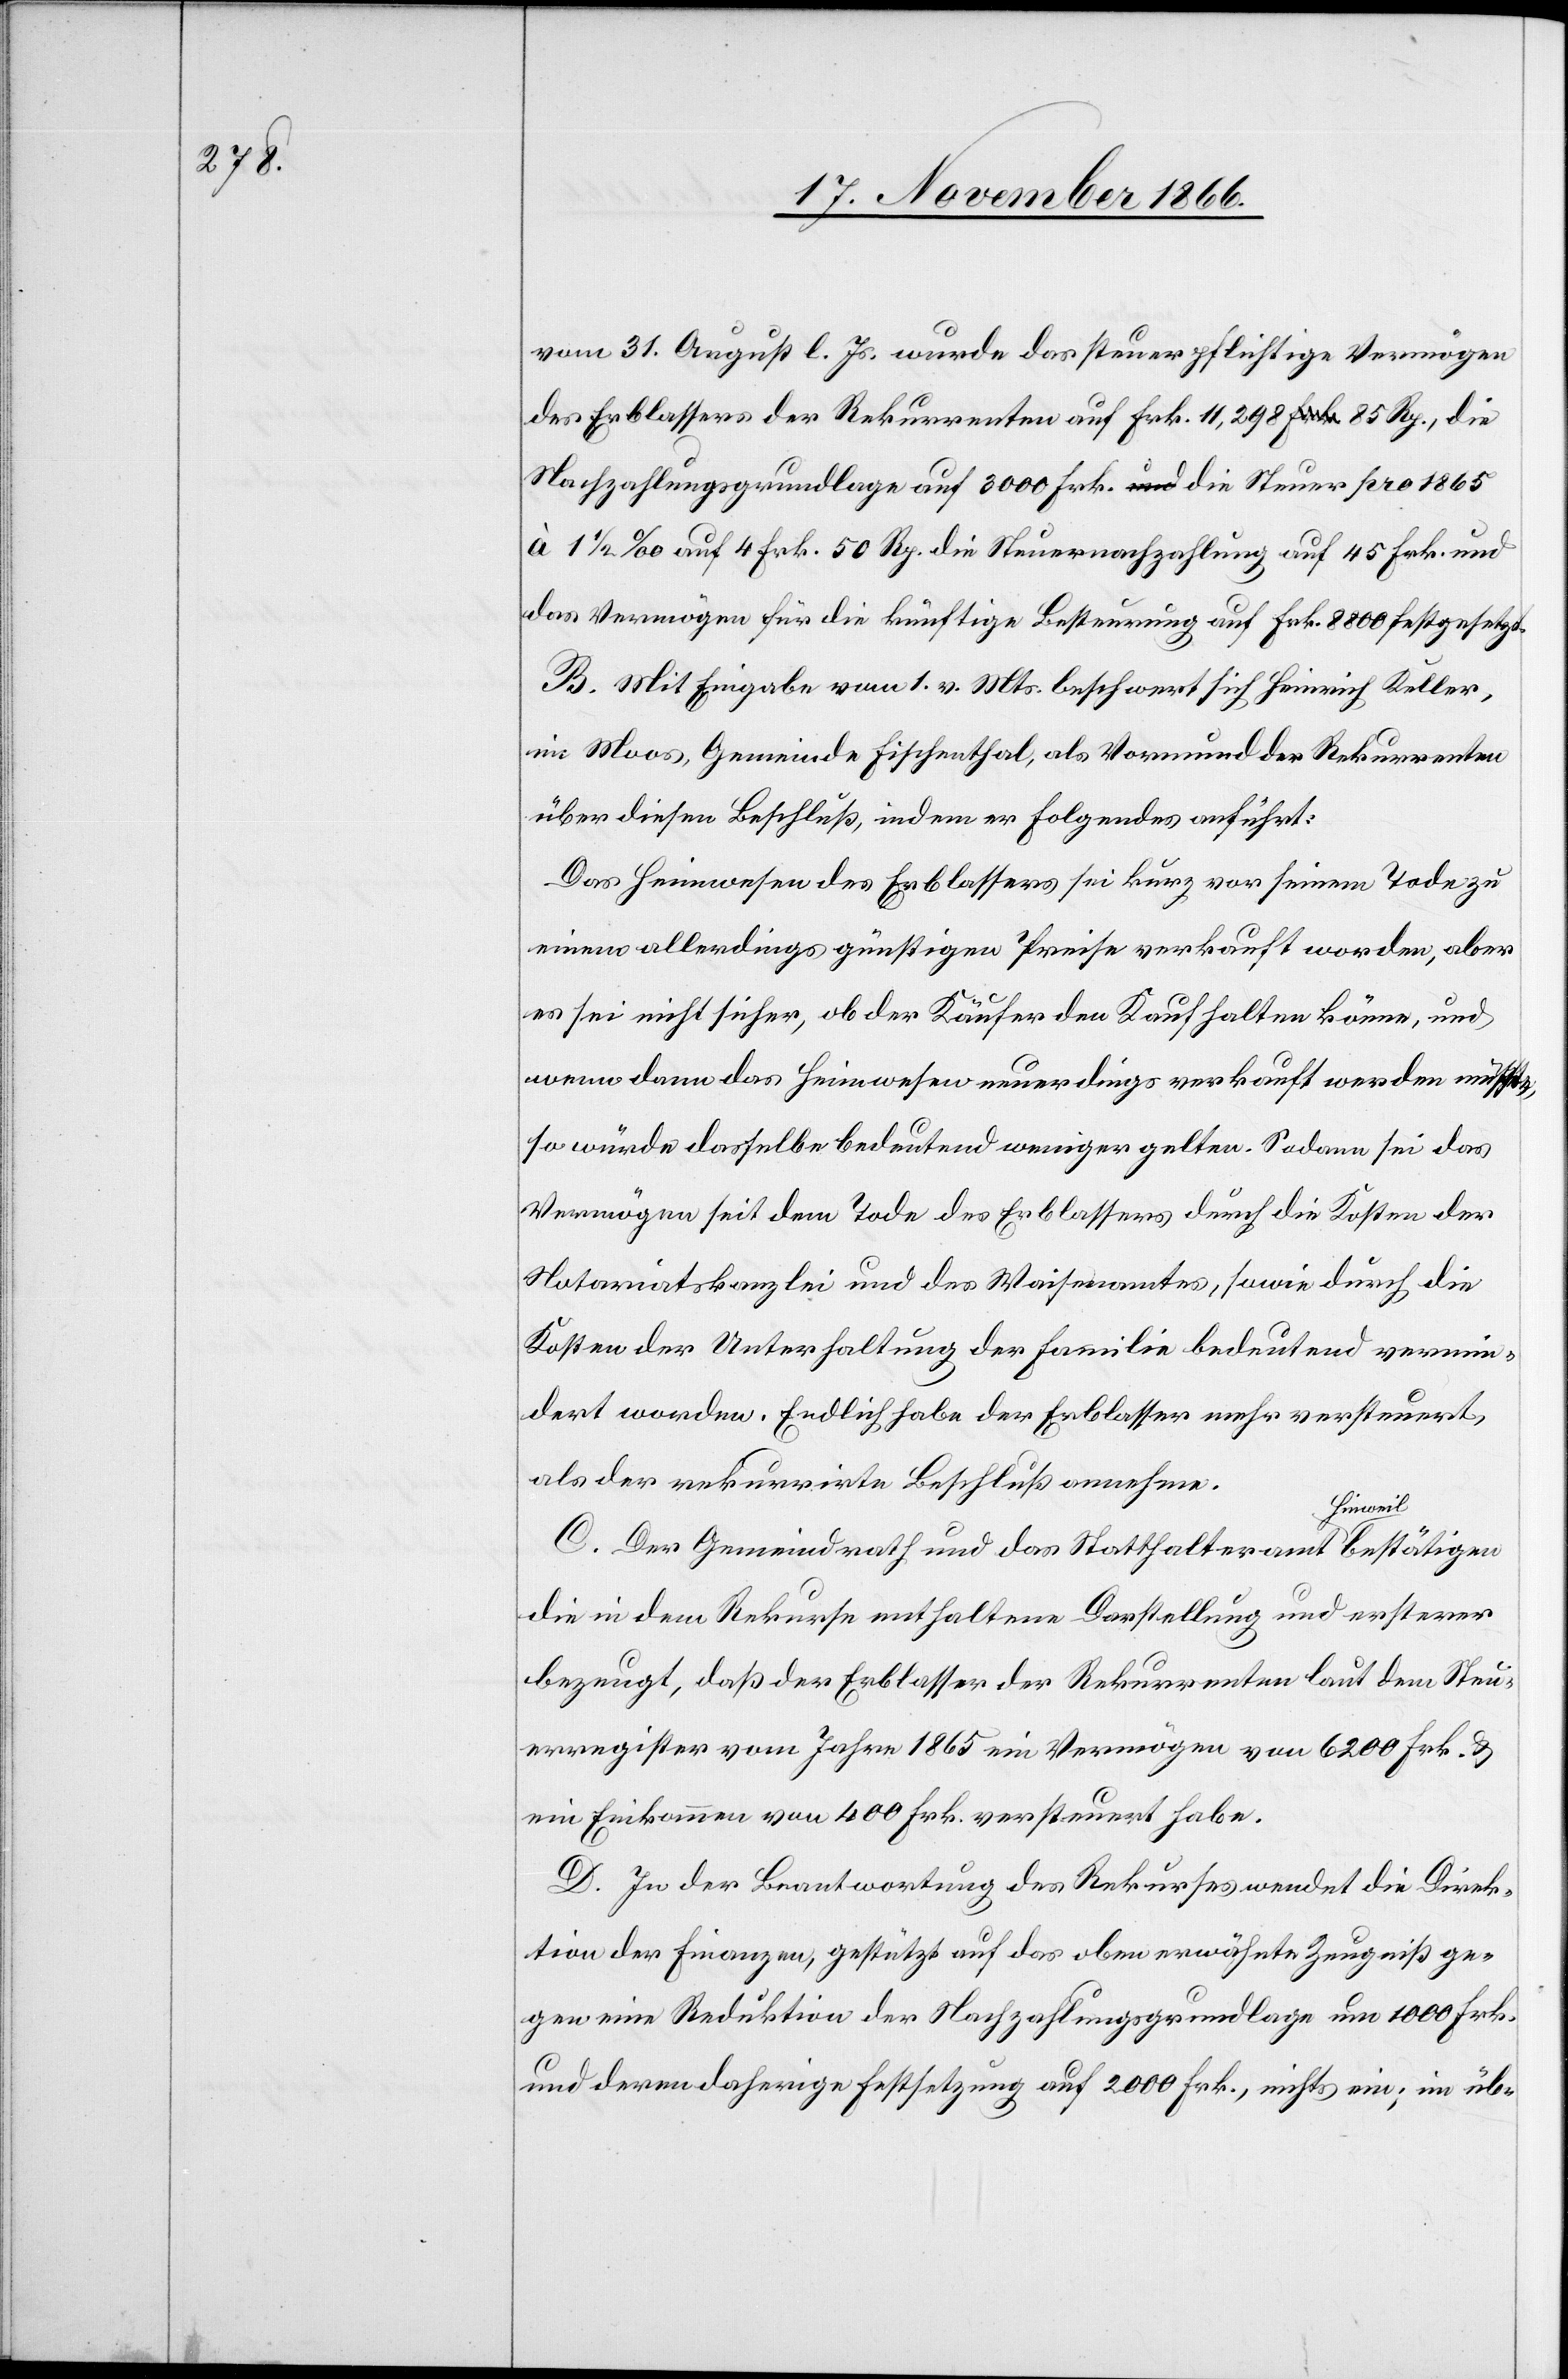
vom 31. August l. Js. wurde das steuerpflichtige Vermögen
des Erblassers der Rekurrenten auf Frk. 11 298.85 Rp., die
Nachzahlungsgrundlage auf 3000 Frk. die Steuer pro 1865
à 1 ½‰ auf 4 Frk. 50 Rp. die Steuernachzahlung auf 45 Frk. und
das Vermögen für die künftige Besteuerung auf Frk. 8800 festgesetzt.
B. Mit Eingabe vom 1. v. Mts. beschwert sich Heinrich Keller,
im Moos, Gemeinde Fischenthal, als Vormund der Rekurrenten
über diesen Beschluß, indem er Folgendes anführt:
Das Heimwesen des Erblassers sei kurz vor seinem Tode zu
einem allerdings günstigen Preise verkauft worden, aber
es sei nicht sicher, ob der Käufer den Kauf halten könne, und
wenn dann das Heimwesen neuerdings verkauft werden müsste,
so würde dasselbe bedeutend weniger gelten. Sodann sei das
Vermögen seit dem Tode des Erblassers durch die Kosten der
Notariatskanzlei und des Waisenamtes, sowie durch die
Kosten der Unterhaltung der Familie bedeutend vermin¬
dert worden. Endlich habe der Erblasser mehr versteuert,
als der rekurrirte Beschluß annehme.
C. Der Gemeindrath und das Statthalteramt Hinweil bestätigen
die in dem Rekurse enthaltene Darstellung und ersterer
bezeugt, daß der Erblasser der Rekurrenten laut dem Steu¬
erregister vom Jahre 1865 ein Vermögen von 6200 Frk. &
ein Einkommen von 400 Frk. versteuert habe.
D. In der Beantwortung des Rekurses wendet die Direk¬
tion der Finanzen, gestützt auf das oben erwähnte Zeugniß ge¬
gen eine Reduktion der Nachzahlungsgrundlage um 1000 Frk.
und deren daherige Festsetzung auf 2000 Frk., nichts ein, im üb-